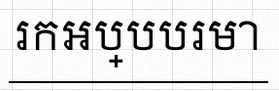
រកអប្បបរមា